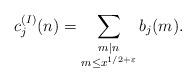
LaTeX: \begin{align*}c_j^{(I)}(n)=\sum_{\substack{m|n \\ m \leq x^{1/2+\varepsilon} }}b_{j}(m).\end{align*}